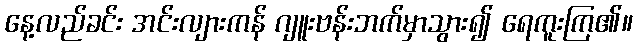
နေ့လည်ခင်း အင်းလျားကန် ဂျူးဗန်းဘက်မှာသွား၍ ရေကူးကြ၏။